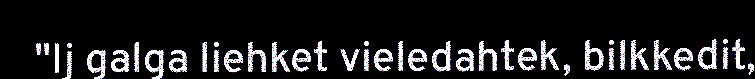
"Ij galga liehket vieledahtek, bilkkedit,